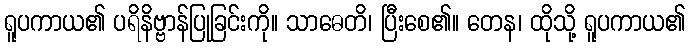
ရူပကာယ၏ ပရိနိဗ္ဗာန်ပြုခြင်းကို။ သာဓေတိ၊ ပြီးစေ၏။ တေန၊ ထိုသို့ ရူပကာယ၏